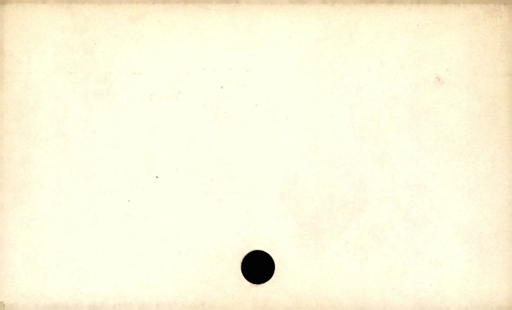
Label: blank